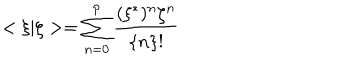
LaTeX: < \xi | \zeta > = \sum _ { n = 0 } ^ { p } \frac { ( \xi ^ { * } ) ^ { n } \zeta ^ { n } } { \{ n \} ! }